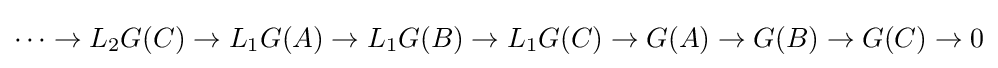
\cdots \to L_{2}G(C)\to L_{1}G(A)\to L_{1}G(B)\to L_{1}G(C)\to G(A)\to G(B)\to G(C)\to 0